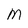
Character: M